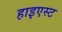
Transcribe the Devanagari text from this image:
हाइएस्ट